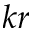
k r